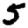
Digit: 5